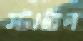
স্টাবিল